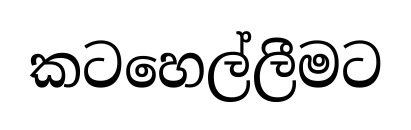
කටහෙල්ලීමට